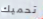
تحميك